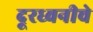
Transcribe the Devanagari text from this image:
दूरध्वनीचे